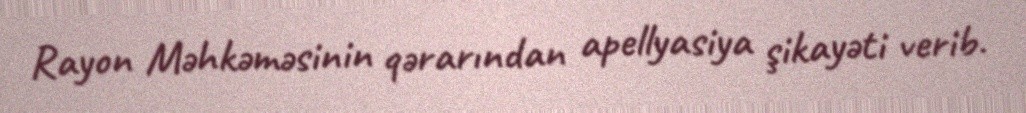
Rayon Məhkəməsinin qərarından apellyasiya şikayəti verib.